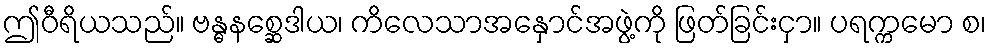
ဤဝီရိယသည်။ ဗန္ဓနစ္ဆေဒါယ၊ ကိလေသာအနှောင်အဖွဲ့ကို ဖြတ်ခြင်းငှာ။ ပရက္ကမော စ၊